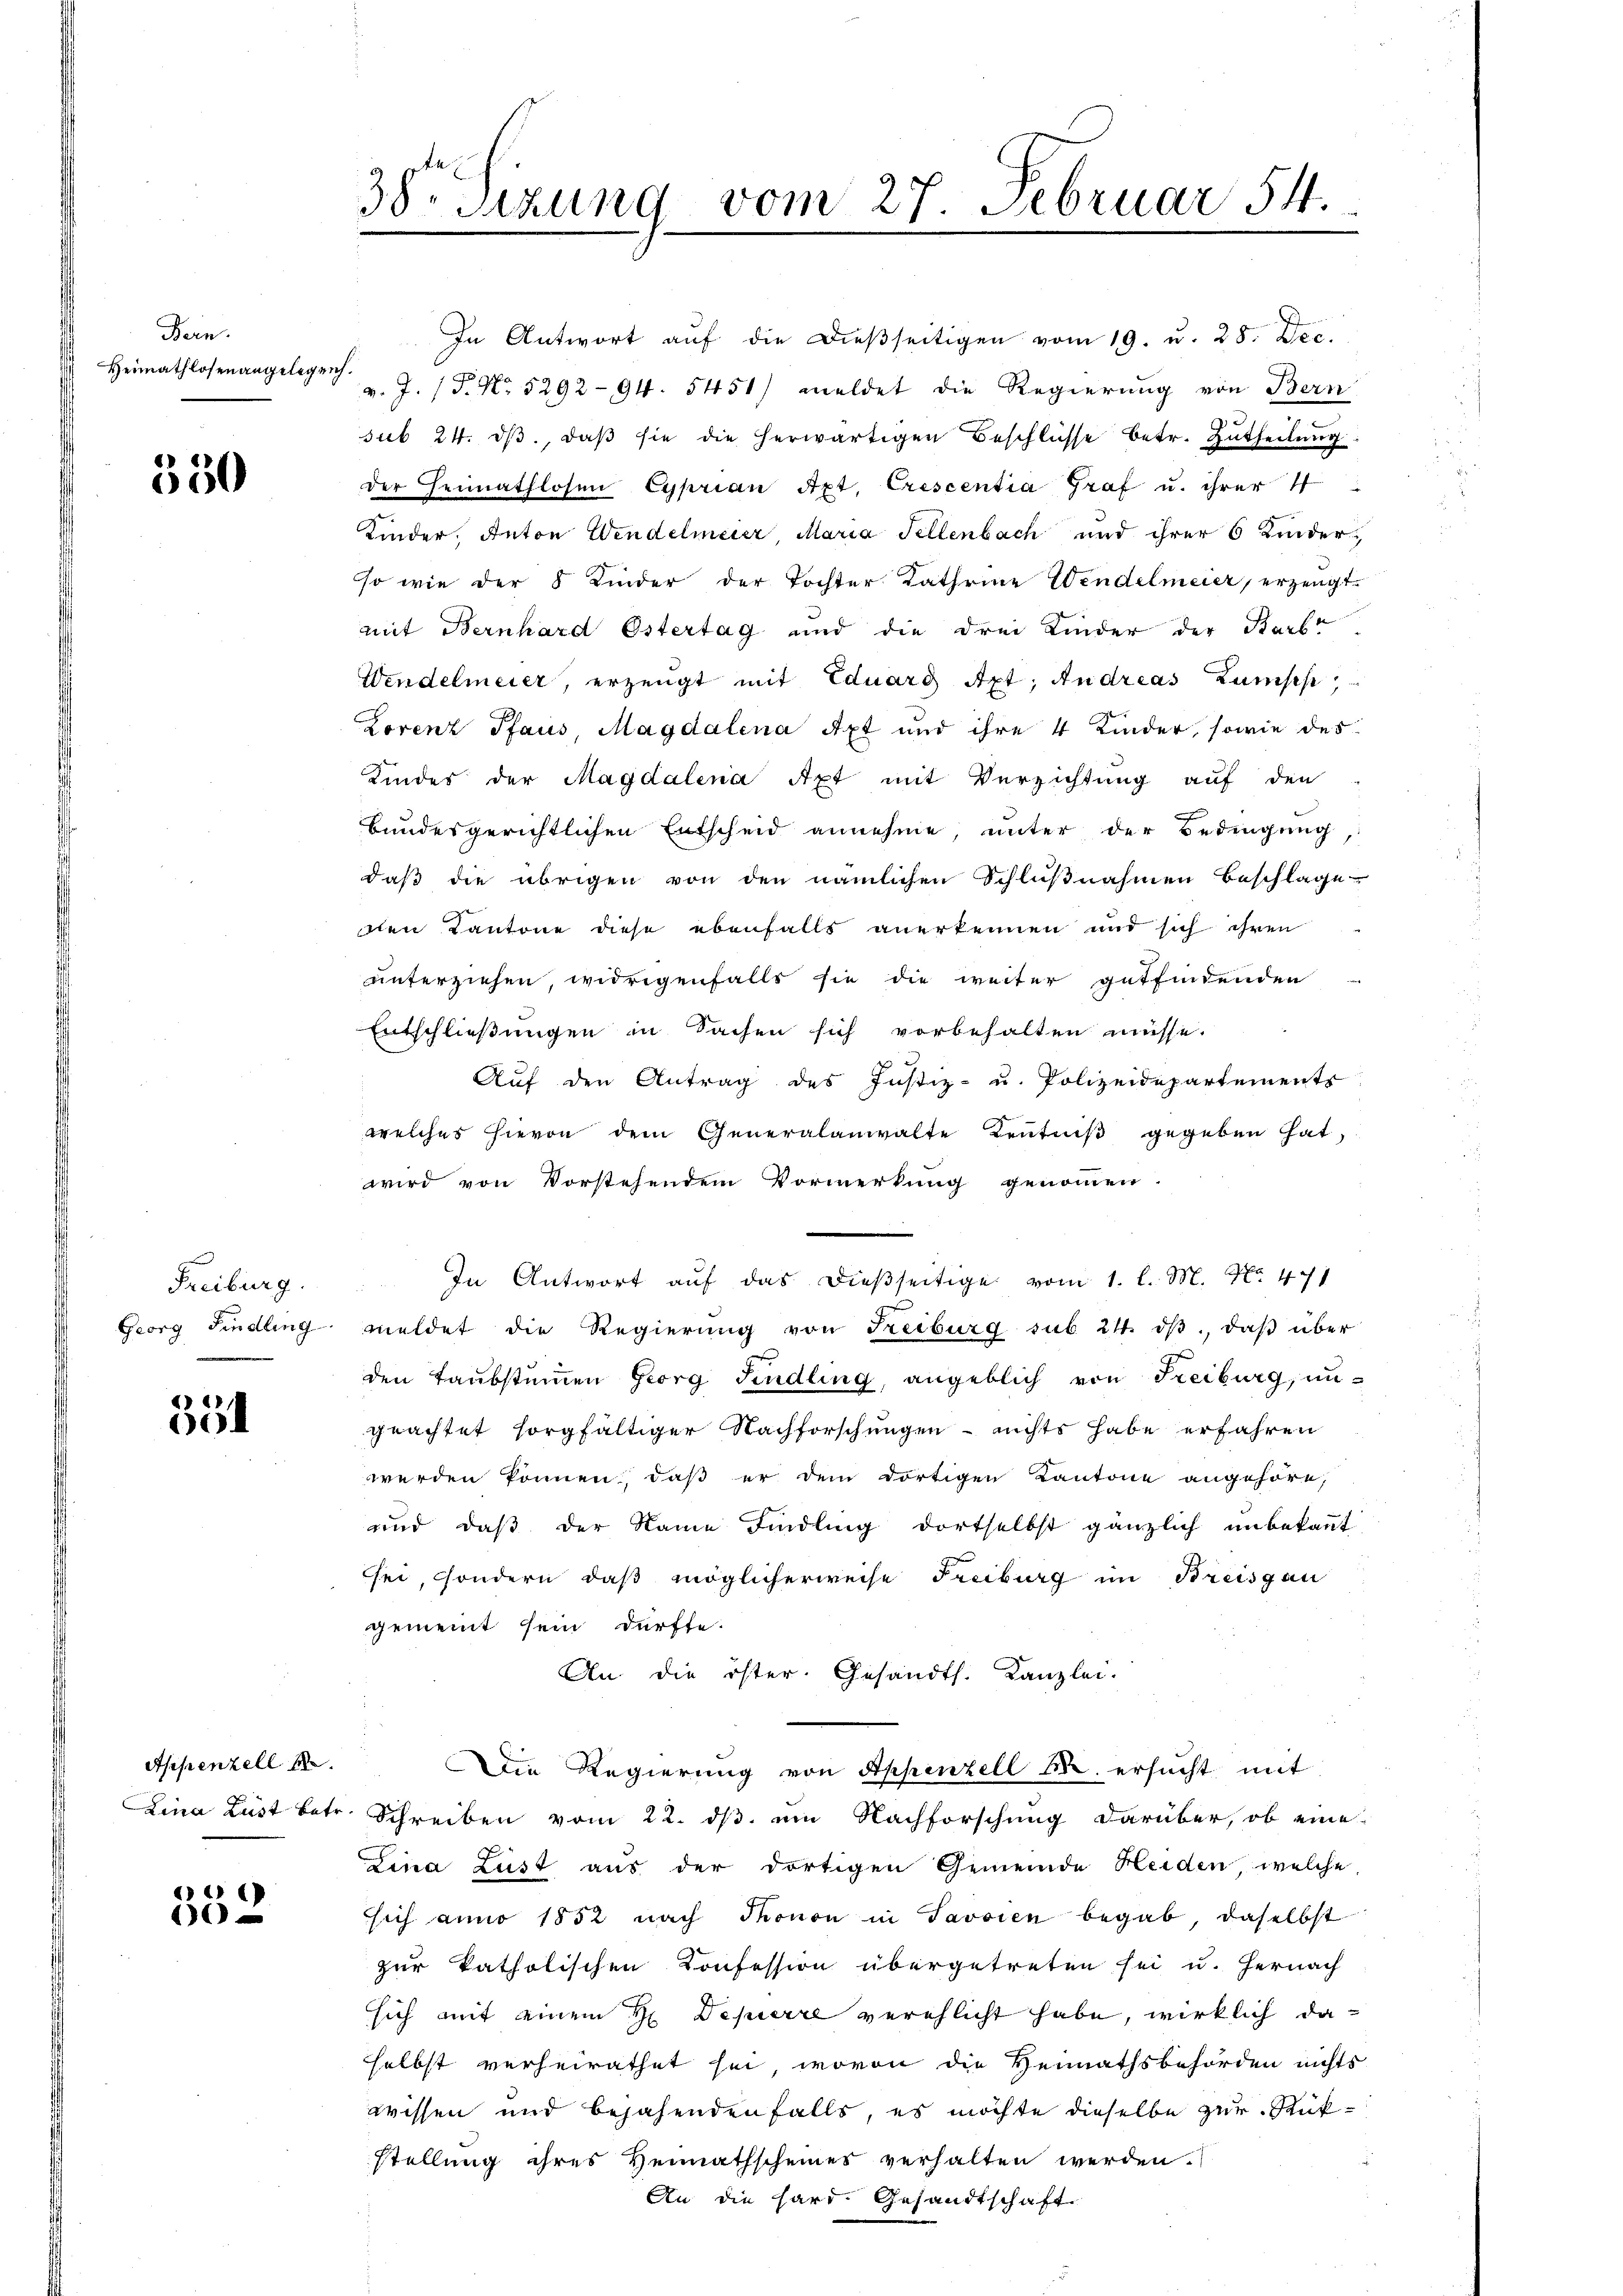
Bern.
Heimathlosenangelegeich.

350

Freiburg.

551

In Antwort aŭf die dießseitigen vom 19. u. 28. Dec.
v. J. (T. No. 5292—94. 5451) meldet die Regierung von Bern
sub 24. dβ, daβ sie die herwärtigen Beschlüsse betr. Zutheilung
der Heimathlosen Cyprian Apt. Crescentia Graf u. ihrer
Kinder, Anton Wendelmeier, Maria Fellenbach und ihrer 6 Kinderso wie der 5 Kinder der Tochter Kathrine Wendelmeier, erzeugt
mit Bernhard Ostertag und die drei Kinder der Karl
Wendelmeier, erzeugt mit Eduard Apt; Andreas Kunsche,
Lorenz Pfaus, Magdalena Axt und ihre 4 Kinder, sowie des
Kindes der Magdalena Axt mit Verzichtung auf den
bundesgerichtlichen Entscheid annehme, unter der Bedingung,
daß die übrigen von den nämlichen Schlußnahmen beschlage
dlen Kantone diese ebenfalls anerkennen und sich ihren
unterziehen, widrigenfalls sie die weiter gutfindenden
Entschließungen in Sachen sich vorbehalten müsse.
Auf den Antrag des Justiz- u. Polizeidepartements
welches hievon dem Generalanwalte Zentniß gegeben hat,
wird von Vorstehendem Vormerkung genommen.
In Antwort auf das dießseitige vom 1. l. M. Nr. 41
Georg findling meldet die Regierŭng von Freiburg sub 21. dβ, daβ über
den Taubstummen Georg Findling, angeblich von Freiburg, ungeachtet sorgfältiger Nachforschungen - nichts habe erfahren
werden können, daß er dem dortigen Kantone angehöre,
und daß der Name Findling dortselbst gänzlich unbekannt
sei, sondern, daß möglicherweise Freiburg im Breisgau
gemeint sein dürfte.
An die öster. Gesandth. Kanzlei-
Die Regierung von Appenzell M. ersucht mit
Lina Lust betr. Schreiben vom 22. ds. um Nachforschung darüber, ob eine
Lina Lust aus der dortigen Gemeinde Heiden, welche
sich anno 1852 nach Thonon in Savsien begab, daselbst
zur katholischen Konfession übergetreten sei u. hernach
sich mit einem H. Depierre verehlicht habe, wirklich daselbst verheirathet sei, wovon die Hennathsbehörden nichts
wissen und bejahenden falls, es möchte dieselbe zur Rükstellung ihres Heimathscheines verhalten werden.
An die Hard. Gesandtschaft

Appenzell A.

64
602

38. Sitzung vom 27. Februar 54.